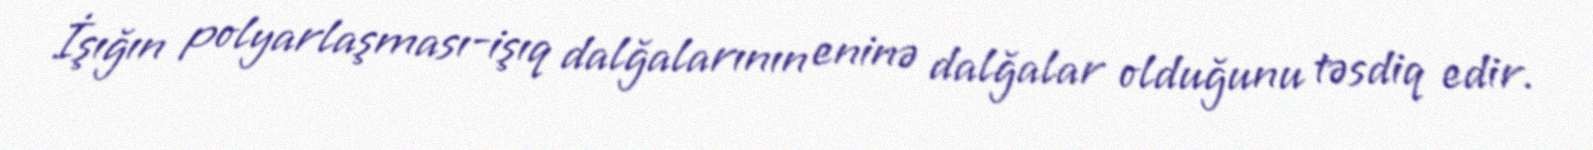
İşığın polyarlaşması-işıq dalğalarının eninə dalğalar olduğunu təsdiq edir.